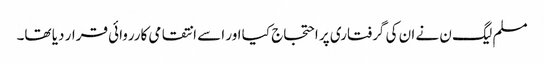
مسلم لیگ ن نے ان کی گرفتاری پر احتجاج کیا اور اسے انتقامی کارروائی قرار دیا تھا۔